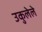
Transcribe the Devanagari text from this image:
उकुलेले